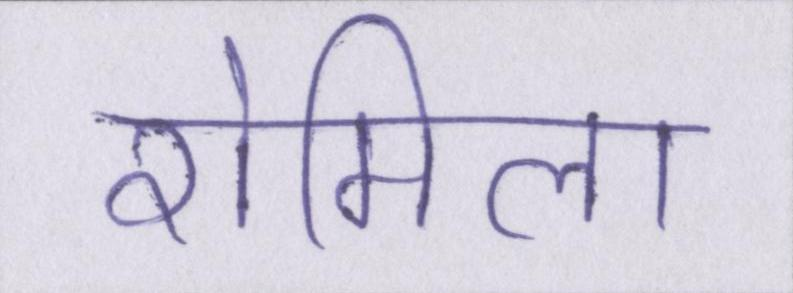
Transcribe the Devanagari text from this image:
रोमिला